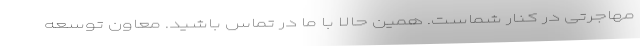
مهاجرتی در کنار شماست. همین حالا با ما در تماس باشید. معاون توسعه